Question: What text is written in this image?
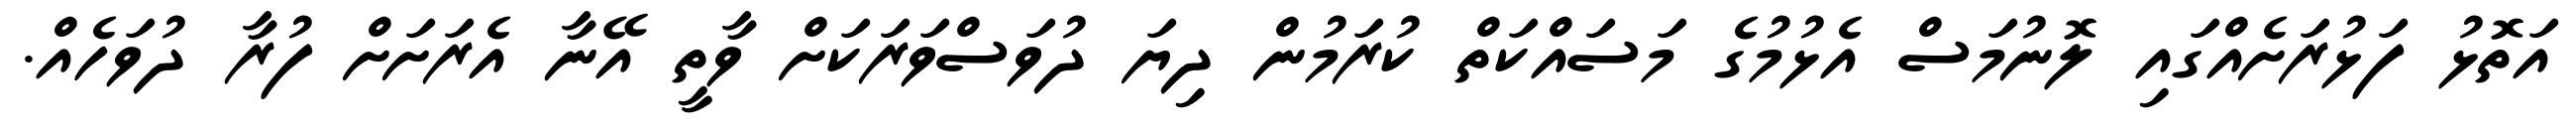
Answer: އަތޮޅު ފަޅުރަށެއްގައި ލޮނުމަސް އެޅުމުގެ މަސައްކަތް ކުރަމުން ދިޔަ ދުވަސްވަރަކަށް ވާތީ އޭނާ އެރަށަށް ފުރާ ދުވަހެއް.